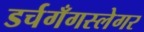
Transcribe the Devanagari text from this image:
डर्चगँगस्लेगर